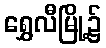
ရွှေလီမြို့၌